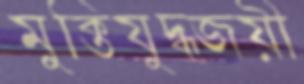
মুক্তিযুদ্ধজয়ী